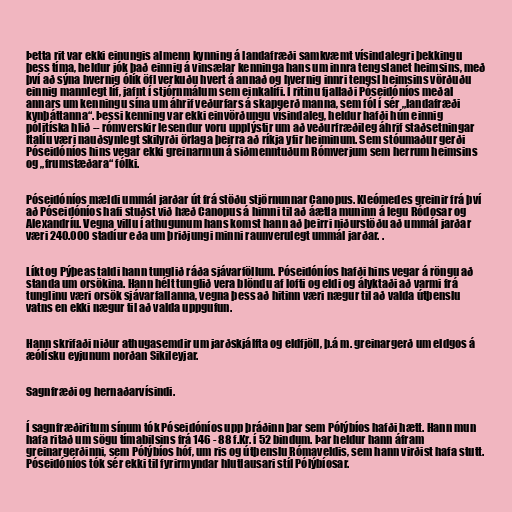
Þetta rit var ekki einungis almenn kynning á landafræði samkvæmt vísindalegri þekkingu
þess tíma, heldur jók það einnig á vinsælar kenninga hans um innra tengslanet heimsins, með
því að sýna hvernig ólík öfl verkuðu hvert á annað og hvernig innri tengsl heimsins vörðuðu
einnig mannlegt líf, jafnt í stjórnmálum sem einkalífi. Í ritinu fjallaði Póseidóníos meðal
annars um kenningu sína um áhrif veðurfars á skapgerð manna, sem fól í sér „landafræði
kynþáttanna“. Þessi kenning var ekki einvörðungu vísindaleg, heldur hafði hún einnig
pólitíska hlið -- rómverskir lesendur voru upplýstir um að veðurfræðileg áhrif staðsetningar
Ítalíu væri nauðsynlegt skilyrði örlaga þeirra að ríkja yfir heiminum. Sem stóumaður gerði
Póseidóníos hins vegar ekki greinarmun á siðmenntuðum Rómverjum sem herrum heimsins
og „frumstæðara“ fólki.

Póseidóníos mældi ummál jarðar út frá stöðu stjörnunnar Canopus. Kleómedes greinir frá því
að Póseidóníos hafi stuðst við hæð Canopus á himni til að áætla muninn á legu Ródosar og
Alexandríu. Vegna villu í athugunum hans komst hann að þeirri niðurstöðu að ummál jarðar
væri 240.000 stadíur eða um þriðjungi minni raunverulegt ummál jarðar. .

Líkt og Pýþeas taldi hann tunglið ráða sjávarföllum. Póseidóníos hafði hins vegar á röngu að
standa um orsökina. Hann hélt tunglið vera blöndu af lofti og eldi og ályktaði að varmi frá
tunglinu væri orsök sjávarfallanna, vegna þess að hitinn væri nægur til að valda útþenslu
vatns en ekki nægur til að valda uppgufun.

Hann skrifaði niður athugasemdir um jarðskjálfta og eldfjöll, þ.á m. greinargerð um eldgos á
æólísku eyjunum norðan Sikileyjar.

Sagnfræði og hernaðarvísindi.

Í sagnfræðiritum sínum tók Póseidóníos upp þráðinn þar sem Pólýbíos hafði hætt. Hann mun
hafa ritað um sögu tímabilsins frá 146 - 88 f.Kr. í 52 bindum. Þar heldur hann áfram
greinargerðinni, sem Pólýbíos hóf, um ris og útþenslu Rómaveldis, sem hann virðist hafa stutt.
Póseidóníos tók sér ekki til fyrirmyndar hlutlausari stíl Pólýbíosar.